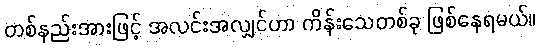
တစ်နည်းအားဖြင့် အလင်းအလျှင်ဟာ ကိန်းသေတစ်ခု ဖြစ်နေရမယ်။